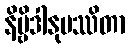
နိဗ္ဗိဒါနုပဿိတာ